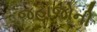
જહાજોની